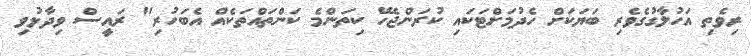
ރިވެތި އަހުލާގުގެވެރި ބަޔަކަށް ހެދުމަށްޓަކައި ކުރަންޖެހޭ ކިތަންމެ ކަންތައްތަކެއް އެބަހުރި" ރައީސް ވިދާޅުވި